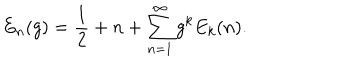
E _ { n } ( g ) = \frac { 1 } { 2 } + n + \sum _ { n = 1 } ^ { \infty } g ^ { k } E _ { k } ( n ) .